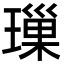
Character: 璅